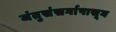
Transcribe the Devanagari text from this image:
जंतुसंसर्गापासून